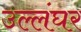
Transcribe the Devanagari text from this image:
उल्लंघर